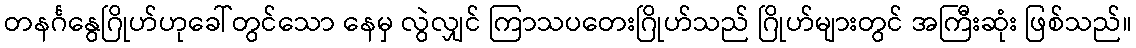
တနင်္ဂနွေဂြိုဟ်ဟုခေါ်တွင်သော နေမှ လွဲလျှင် ကြာသပတေးဂြိုဟ်သည် ဂြိုဟ်များတွင် အကြီးဆုံး ဖြစ်သည်။